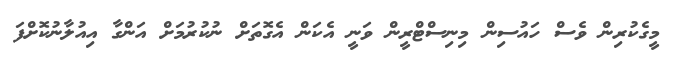
މީގެކުރިން ވެސް ހައުސިން މިނިސްޓްރީން ވަނީ އެކަން އެގޮތަށް ނުކުރުމަށް އަންގާ އިއުލާނުކޮށްފަ